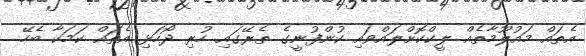
އެތައް މައުލޫމާތެއް ލީކްކޮށްލައްވައި ކުންފުނީގެ ތެރޭގައި ހުރި ދޯހަޅި އެތައް ކަމަކާ ބެހޭ